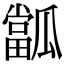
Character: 㼕